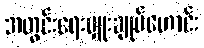
အတွင်းရေးမှူးချုပ်ဟောင်း